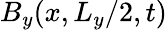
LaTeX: B_{y}(x,L_{y}/2,t)